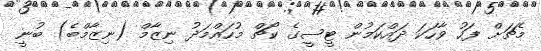
މެޗަށް ފަހު ވާހަކަ ދައްކަމުން ޓީސީގެ ކޯޗް މުހައްމަދު ނިޒާމް (ނިޒާމްބެ) ބުނީ